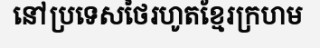
នៅប្រទេសថៃរហូតខ្មែរក្រហម